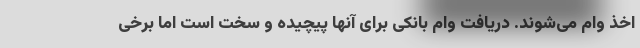
اخذ وام می‌شوند. دریافت وام بانکی برای آنها پیچیده و سخت است اما برخی